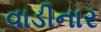
વાડીનાર